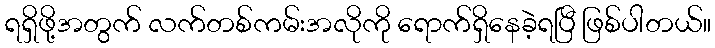
ရရှိဖို့အတွက် လက်တစ်ကမ်းအလိုကို ရောက်ရှိနေခဲ့ရပြီ ဖြစ်ပါတယ်။